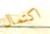
اكتمال